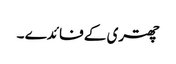
چھتری کے فائدے ۔